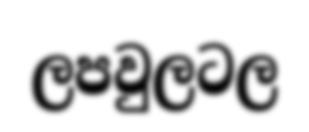
ලපවුලටල